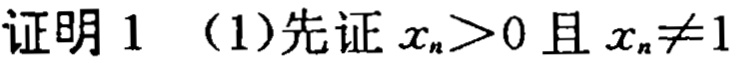
证明 1 （1）先证 \(x_{n}>0\) 且 \(x_{n}\neq1\)